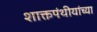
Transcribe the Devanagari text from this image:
शाक्तपंथीयांच्या